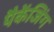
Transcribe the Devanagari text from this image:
पैकेंजिंग